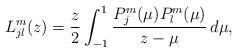
LaTeX: \begin{align*}L_{jl}^m(z)=\frac{z}{2}\int_{-1}^1\frac{P_j^m(\mu)P_l^m(\mu)}{z-\mu}\,d\mu,\end{align*}